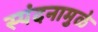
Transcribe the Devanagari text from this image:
स्पंदनामुळे